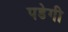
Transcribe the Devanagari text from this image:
पडेगी